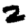
Digit: 2